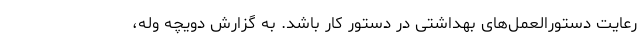
رعایت دستورالعمل‌های بهداشتی در دستور کار باشد. به گزارش دویچه وله،